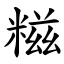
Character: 糍